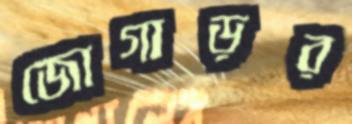
জোগাড়র